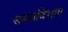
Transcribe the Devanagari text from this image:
समयविभाग